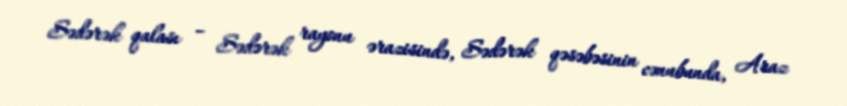
Sədərək qalası – Sədərək rayonu ərazisində, Sədərək qəsəbəsinin cənubunda, Araz